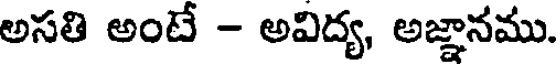
అసతి అంటే - అవిద్య, అజ్ఞానము.